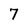
Character: 7